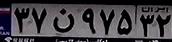
۳۷ن۹۷۵۳۲